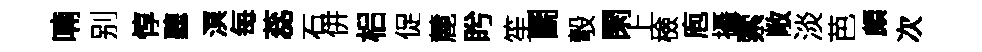
喃别惇聽溟每蕊石併梠促麓盻笙鬬彀閑上檢庖攝索敞淡芭頗次